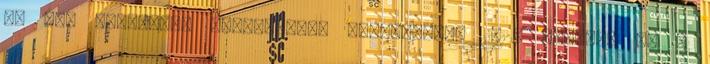
My Way eladások, people.com. Hozzáférés: 2012. február 6. ↑